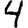
Digit: 4